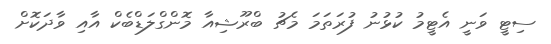
ސިޓީ ވަނީ އެޓީމު ކުޅުނު ފުރަތަމަ މެޗު ބްރޫޝިއާ މޮންގްލަޑްބެކް އާއި ވާދަކޮށް